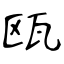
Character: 瓯